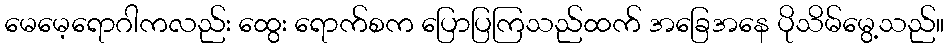
မေမေ့ရောဂါကလည်း ထွေး ရောက်စက ပြောပြကြသည်ထက် အခြေအနေ ပိုသိမ်မွေ့သည်။